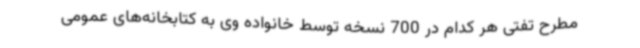
مطرح تفتی هر کدام در 700 نسخه توسط خانواده وی به کتابخانه‌های عمومی